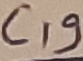
Text: C19